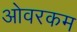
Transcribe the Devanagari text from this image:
ओवरकम